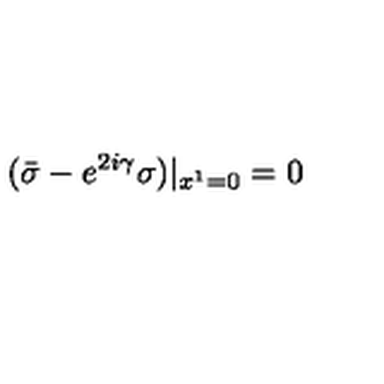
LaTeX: ( { \bar { \sigma } } - e ^ { 2 i \gamma } \sigma ) | _ { x ^ { 1 } = 0 } = 0